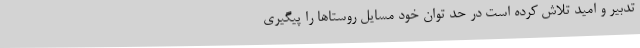
تدبیر و امید تلاش کرده است در حد توان خود مسایل روستاها را پیگیری